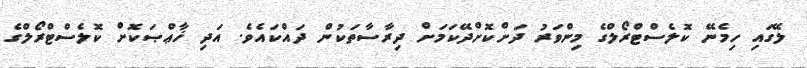
ލޭގައި ހިމެނޭ ކޮލެސްޓްރޯލްގެ މިންވަރު ދަށްކޮށްދޭކަމަށް ދިރާސާތަކުން ދައްކައެވެ. އަދި ޚާޢްޞަކޮށް ކޮލެސްޓްރޯލްގެ